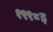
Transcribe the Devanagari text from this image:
१९९८इ